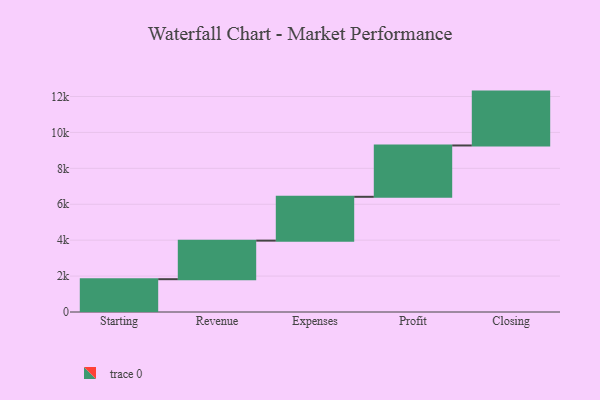
{"axis": {"x": "Step", "y": "Value"}, "legend": [""], "data": [{"x": "Starting", "y": 1827.0, "type": ""}, {"x": "Revenue", "y": 2147.0, "type": ""}, {"x": "Expenses", "y": 2441.0, "type": ""}, {"x": "Profit", "y": 2858.0, "type": ""}, {"x": "Closing", "y": 3000, "type": ""}]}